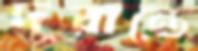
দূরান্তে